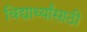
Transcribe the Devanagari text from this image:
विद्यार्थ्‍यांसाठी